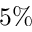
5 \%